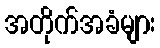
အတိုက်အခံများ